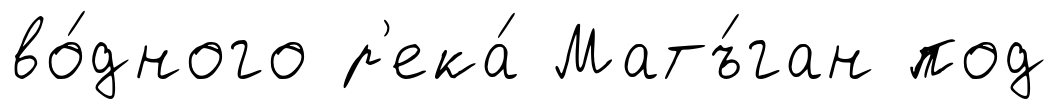
во́дного р'ека́ Матъ́ган под